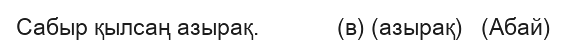
Сабыр қылсаң азырақ.             (в) (азырақ)   (Абай)